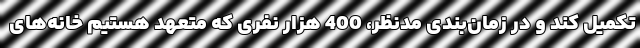
تکمیل کند و در زمان‌بندی مدنظر، 400 هزار نفری که متعهد هستیم خانه‌های